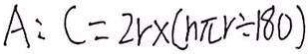
A : C = 2 r \times ( h \pi r \div 1 8 0 )